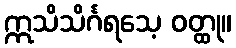
ဣသိသိင်္ဂရသေ့ ဝတ္ထု။